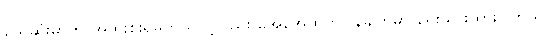
သေဆုံးမှာကို အထူးစိုးရိမ်တယ်လို့လည်း အေအေထုတ်ပြန်ချက်မှာ ရေးသားထားပါတယ်။